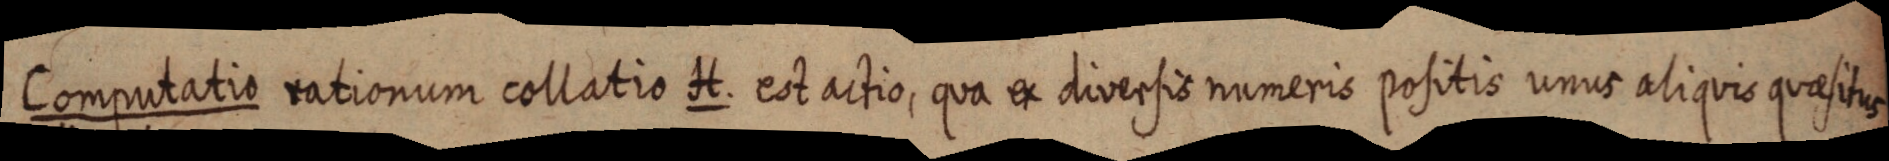
Computatio rationum collatio A. est actio, qua e diversis numeris positis unus aliquis quaesitus